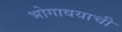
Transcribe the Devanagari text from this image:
भोगावयाची